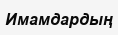
Имамдардың